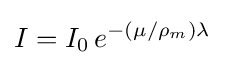
I=I_{0}\,e^{-(\mu /\rho _{m})\lambda }